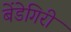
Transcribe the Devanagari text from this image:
बेंडेगिरी